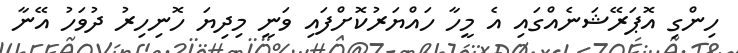
ހިންގި އޮޕަރޭޝަނެއްގައި އެ މީހާ ހައްޔަރުކޮށްފައި ވަނީ މިދިޔަ ހޮނިހިރު ދުވަހު އޭނާ